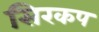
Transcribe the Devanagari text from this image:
सिरकप